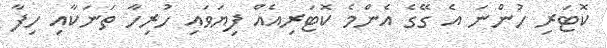
ކޮޓަރި ހުންނަ އެ ގޭގެ އެންމެ ކޮޓަރިއެއް ފިޔަވައި ހުރިހާ ތަނަކާއި ހިފާ